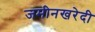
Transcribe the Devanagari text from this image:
जमीनखरेदी